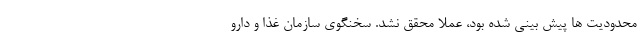
محدودیت ها پیش بینی شده بود، عملا محقق نشد. سخنگوی سازمان غذا و دارو